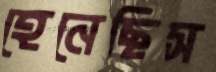
হেনেছিস